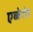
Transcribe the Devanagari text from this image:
एब्बेरोड